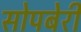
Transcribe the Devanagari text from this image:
सोपबेरी